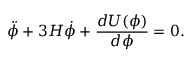
\ddot { \phi } + 3 H \dot { \phi } + \frac { d U ( \phi ) } { d \phi } = 0 .